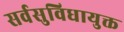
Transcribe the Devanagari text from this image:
सर्वसुविधायुक्त